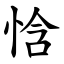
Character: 㤷